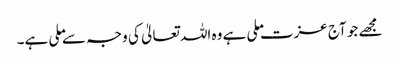
مجھے جو آج عزت ملی ہے وہ اللہ تعالیٰ کی وجہ سے ملی ہے۔